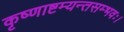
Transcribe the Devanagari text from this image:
कृष्णाष्टम्यन्तसम्भवः।